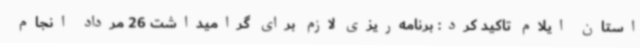
استان ایلام تاکید کرد: برنامه‌ریزی لازم برای گرامیداشت 26 مرداد انجام